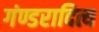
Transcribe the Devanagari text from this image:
गंण्डरादित्य